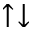
\uparrow \downarrow